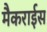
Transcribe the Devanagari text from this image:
मैकराईस